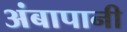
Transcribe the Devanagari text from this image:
अंबापानी